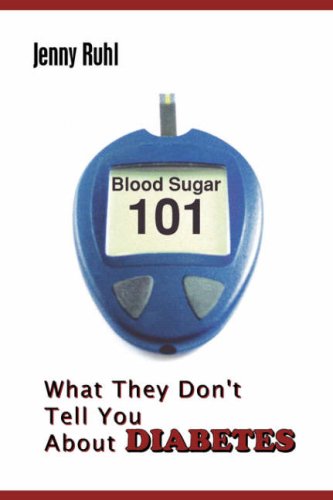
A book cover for Blood Sugar 101: What They Don't Tell You about Diabetes; Jenny Ruhl; Health, Fitness & Dieting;